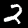
Label: 2